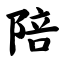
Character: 陪